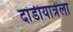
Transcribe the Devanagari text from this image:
दांडीयात्रेला